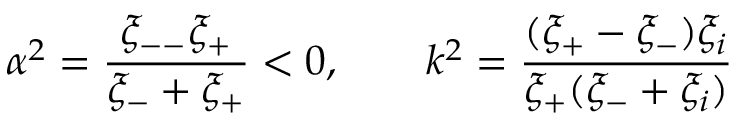
\alpha ^ { 2 } = \frac { \xi _ { -- } \xi _ { + } } { \xi _ { - } + \xi _ { + } } < 0 , \qquad k ^ { 2 } = \frac { ( \xi _ { + } - \xi _ { - } ) \xi _ { i } } { \xi _ { + } ( \xi _ { - } + \xi _ { i } ) }